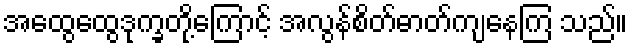
အထွေထွေဒုက္ခတို့ကြောင့် အလွန်စိတ်ဓာတ်ကျနေကြ သည်။